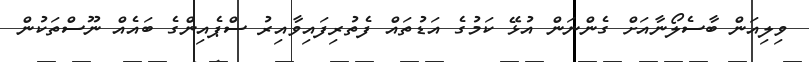
ވިލިއަން ބާސެލޯނާއަށް ގެންނަން އުޅޭ ކަމުގެ އަަޑުތައް ފެތުރިފައިވާއިރު ސްޕެއިންގެ ބައެއް ނޫސްތަކުން